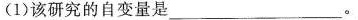
(1)该研究的自变量是 ___。